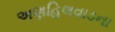
અણહિલવાડના